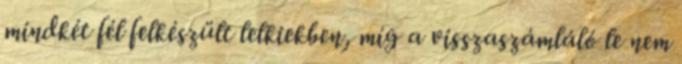
mindkét fél felkészült lelkiekben, míg a visszaszámláló le nem